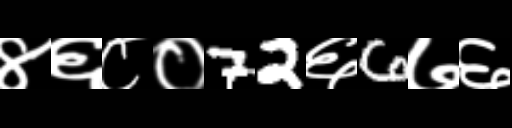
Text: ४६८०72६6७६